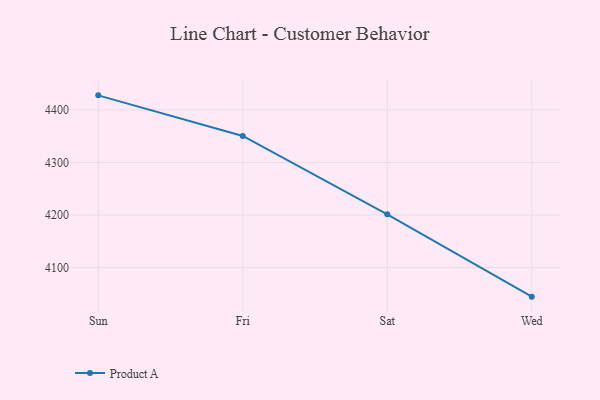
{"axis": {"x": "Day", "y": "Market Share (%)"}, "legend": ["Product A"], "data": [{"x": "Sun", "y": 4427.6, "type": "Product A"}, {"x": "Fri", "y": 4350.3, "type": "Product A"}, {"x": "Sat", "y": 4201.3, "type": "Product A"}, {"x": "Wed", "y": 4044.7, "type": "Product A"}]}